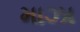
માઝા